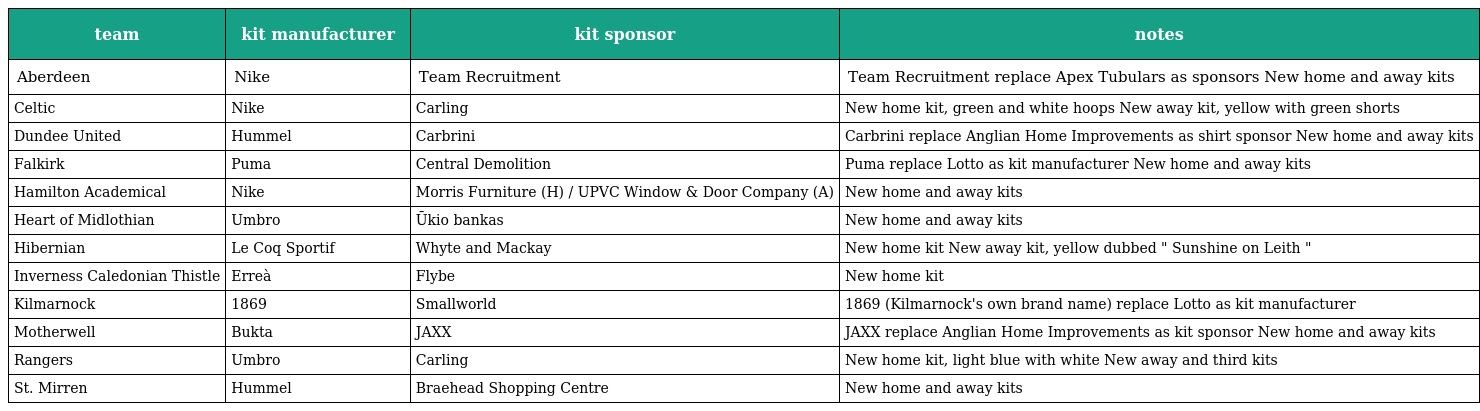
| team | kit manufacturer | kit sponsor | notes |
 | --- | --- | --- | --- |
 | Aberdeen | Nike | Team Recruitment | Team Recruitment replace Apex Tubulars as sponsors New home and away kits |
 | Celtic | Nike | Carling | New home kit, green and white hoops New away kit, yellow with green shorts |
 | Dundee United | Hummel | Carbrini | Carbrini replace Anglian Home Improvements as shirt sponsor New home and away kits |
 | Falkirk | Puma | Central Demolition | Puma replace Lotto as kit manufacturer New home and away kits |
 | Hamilton Academical | Nike | Morris Furniture (H) / UPVC Window & Door Company (A) | New home and away kits |
 | Heart of Midlothian | Umbro | Ūkio bankas | New home and away kits |
 | Hibernian | Le Coq Sportif | Whyte and Mackay | New home kit New away kit, yellow dubbed " Sunshine on Leith " |
 | Inverness Caledonian Thistle | Erreà | Flybe | New home kit |
 | Kilmarnock | 1869 | Smallworld | 1869 (Kilmarnock's own brand name) replace Lotto as kit manufacturer |
 | Motherwell | Bukta | JAXX | JAXX replace Anglian Home Improvements as kit sponsor New home and away kits |
 | Rangers | Umbro | Carling | New home kit, light blue with white New away and third kits |
 | St. Mirren | Hummel | Braehead Shopping Centre | New home and away kits |